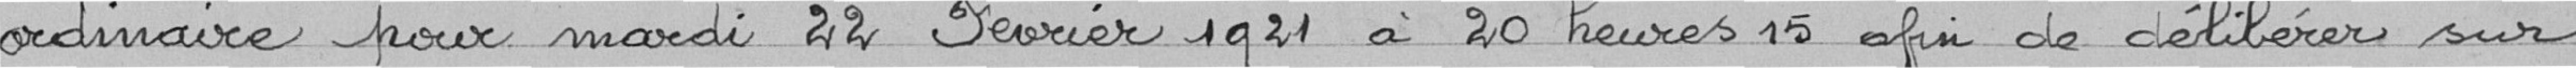
ordinaire pour mardi 22 Février 1921 à 20 heures 15 afin de délibérer sur